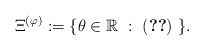
\begin{align*}\Xi^{(\varphi)}:=\{\theta\in{\mathbb R}\ :\ (\ref{inf-sol})\ \}.\end{align*}